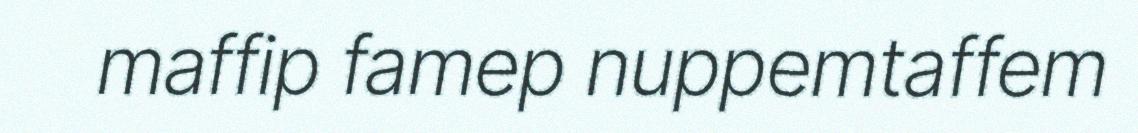
maffip famep nuppemtaffem